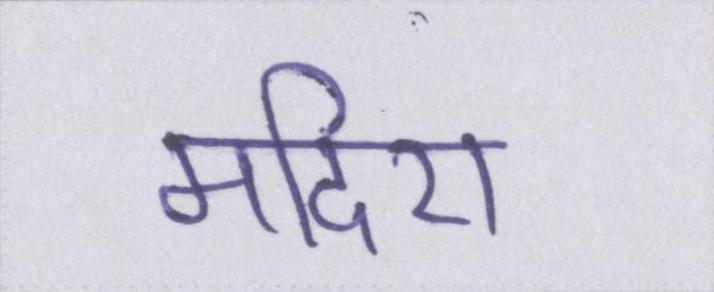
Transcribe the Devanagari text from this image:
मदिरा